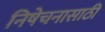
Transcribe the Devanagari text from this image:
निषेचनासाठी